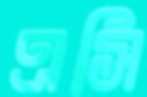
এসি